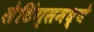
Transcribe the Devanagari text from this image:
सेटिंग्समध्ये